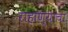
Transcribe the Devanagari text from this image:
राहाण्याचा